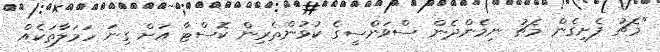
"މެޗު ފެށިގެން މެޗު ނިމެންދެން ސްވަންސީގެ ކުޅުންތެރިން ކޮސްޓާ އަށް ގިނަ ހަމަލާތަކެއް